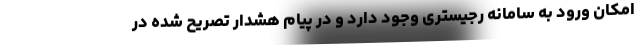
امکان ورود به سامانه رجیستری وجود دارد و در پیام هشدار تصریح شده در